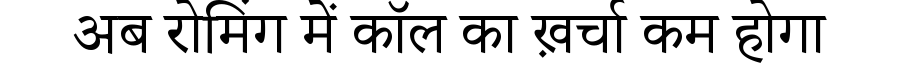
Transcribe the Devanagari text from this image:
अब रोमिंग में कॉल का ख़र्चा कम होगा